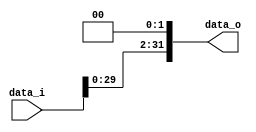
// 0716089
//Subject:      CO project 2 - Shift_Left_Two_32
//--------------------------------------------------------------------------------
//Version:     1
//--------------------------------------------------------------------------------
//Description: 
//--------------------------------------------------------------------------------
`timescale 1ns/1ps
module Shift_Left_Two_32(
    data_i,
    data_o
    );

//I/O ports                    
input [32-1:0] data_i;
output [32-1:0] data_o;
reg[32-1:0] data_o;
wire[32-1:0] temp;
assign temp = data_i << 2;
//shift left 2
always @(*) begin
    data_o = temp;
end
endmodule